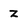
Character: Z